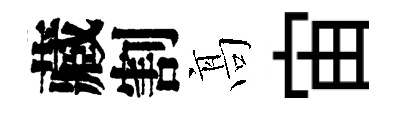
藏割髙宙